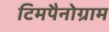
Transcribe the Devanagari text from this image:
टिमपैनोग्राम